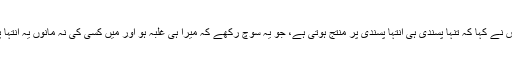
صدر مجلس نے کہا کہ تنہا پسندی ہی انتہا پسندی پر منتج ہوتی ہے، جو یہ سوچ رکھے کہ میرا ہی غلبہ ہو اور میں کسی کی نہ مانوں یہ انتہا پسندی ہے۔